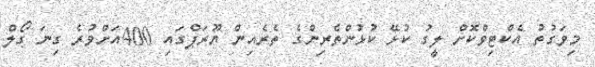
މިވަގުތު އެކްޓިވްކޮށް ލީގު ކުޅޭ ކުޅުންތެރިންގެ ތެރެއިން ޔޫރަޕްގައި 400އަށްވުރެ ގިނަ ގޯލް